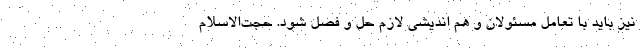
نیز باید با تعامل مسئولان و هم اندیشی لازم حل و فصل شود. حجت‌الاسلام